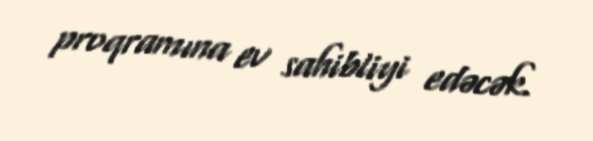
proqramına ev sahibliyi edəcək.